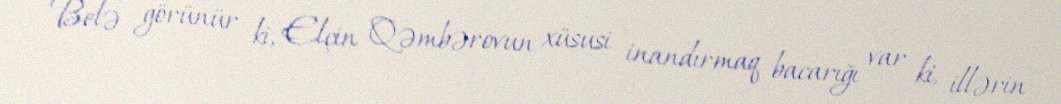
- Belə görünür ki, Elçin Qəmbərovun xüsusi inandırmaq bacarığı var ki, illərin